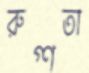
রুগ্ণতা